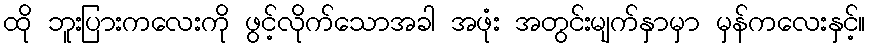
ထို ဘူးပြားကလေးကို ဖွင့်လိုက်သောအခါ အဖုံး အတွင်းမျက်နှာမှာ မှန်ကလေးနှင့်။